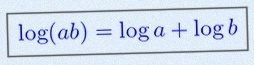
\log(ab)=\log a+\log b